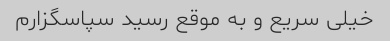
خیلی سریع و به موقع رسید سپاسگزارم